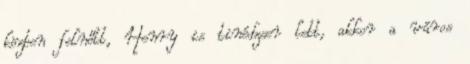
közben felnőtt, Henry is tinédzser lett, akkor a város